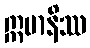
ဣမာနိဿ